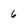
Character: 6